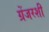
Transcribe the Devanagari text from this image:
ग्रेंजरशी